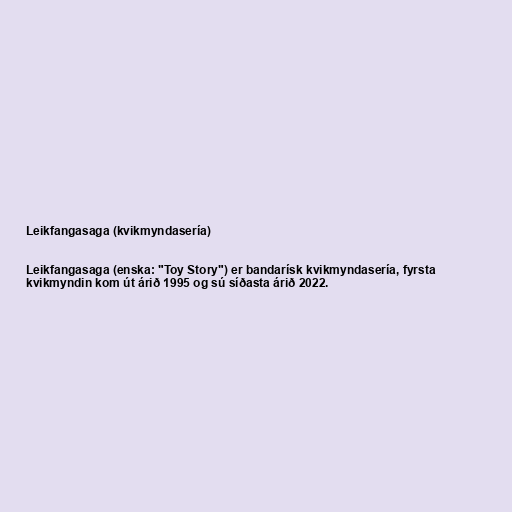
Leikfangasaga (kvikmyndasería)

Leikfangasaga (enska: "Toy Story") er bandarísk kvikmyndasería, fyrsta
kvikmyndin kom út árið 1995 og sú síðasta árið 2022.